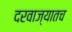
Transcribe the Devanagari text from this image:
दरवाज्यातच